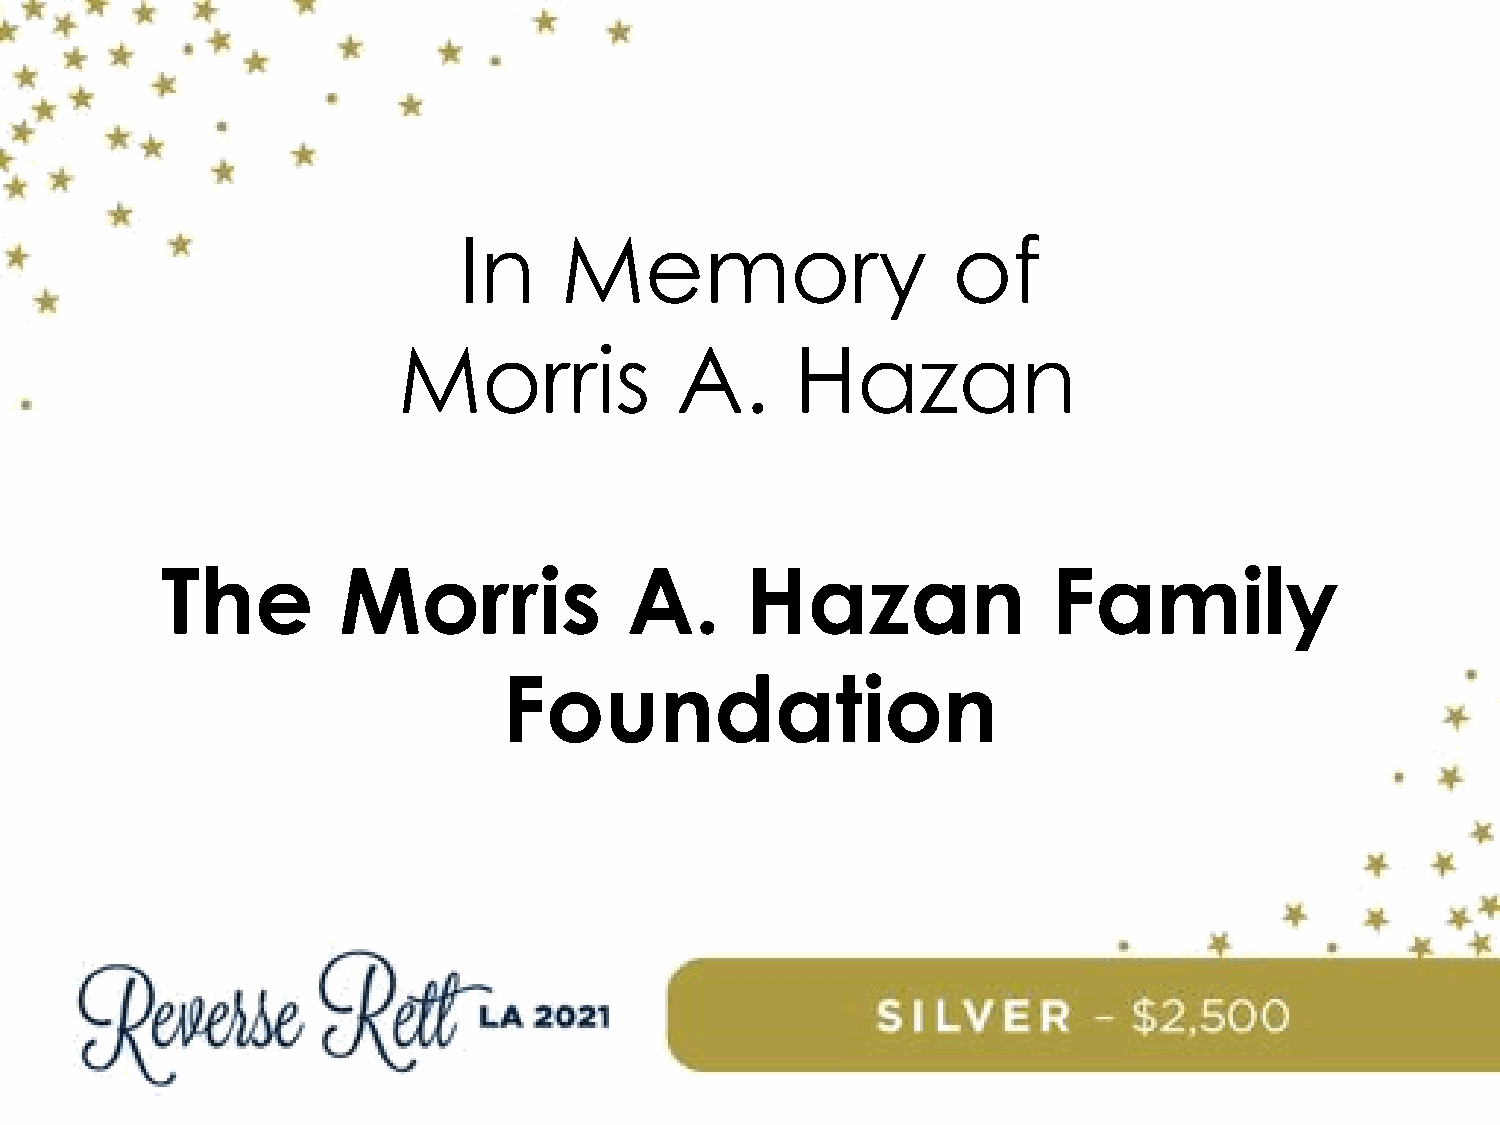
In     Memory                    of
 Morris             A.      Hazan
 The        Morris              A.     Hazan                Family
 Foundation